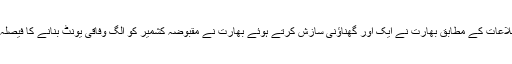
موصولہ اطلاعات کے مطابق بھارت نے ایک اور گھناؤنی سازش کرتے ہوئے بھارت نے مقبوضہ کشمیر کو الگ وفاقی یونٹ بنانے کا فیصلہ کر لیا ہے۔